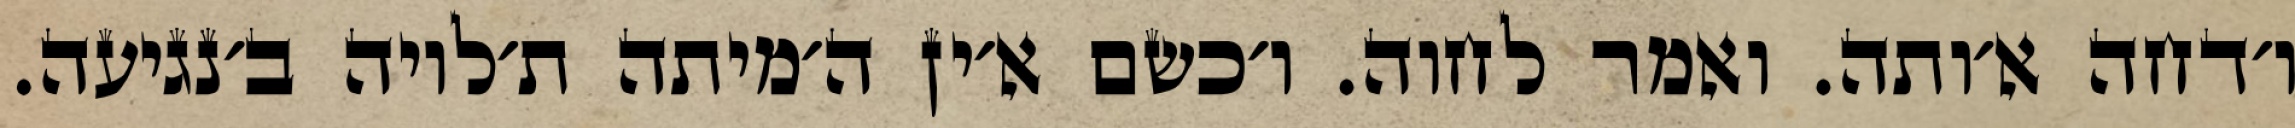
ו׳דחה א׳ותה. ואמר לחוה. ו׳כשם א׳ין ה׳מיתה ת׳לויה ב׳נגיעה.